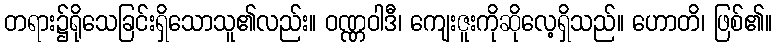
တရား၌ရိုသေခြင်းရှိသောသူ၏လည်း။ ဝဏ္ဏဝါဒီ၊ ကျေးဇူးကိုဆိုလေ့ရှိသည်။ ဟောတိ၊ ဖြစ်၏။